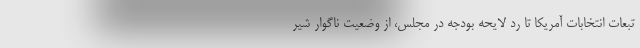
تبعات انتخابات آمریکا تا رد لایحه بودجه در مجلس، از وضعیت ناگوار شیر